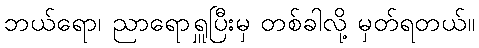
ဘယ်ရော၊ ညာရောရှူပြီးမှ တစ်ခါလို့ မှတ်ရတယ်။